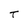
Character: T